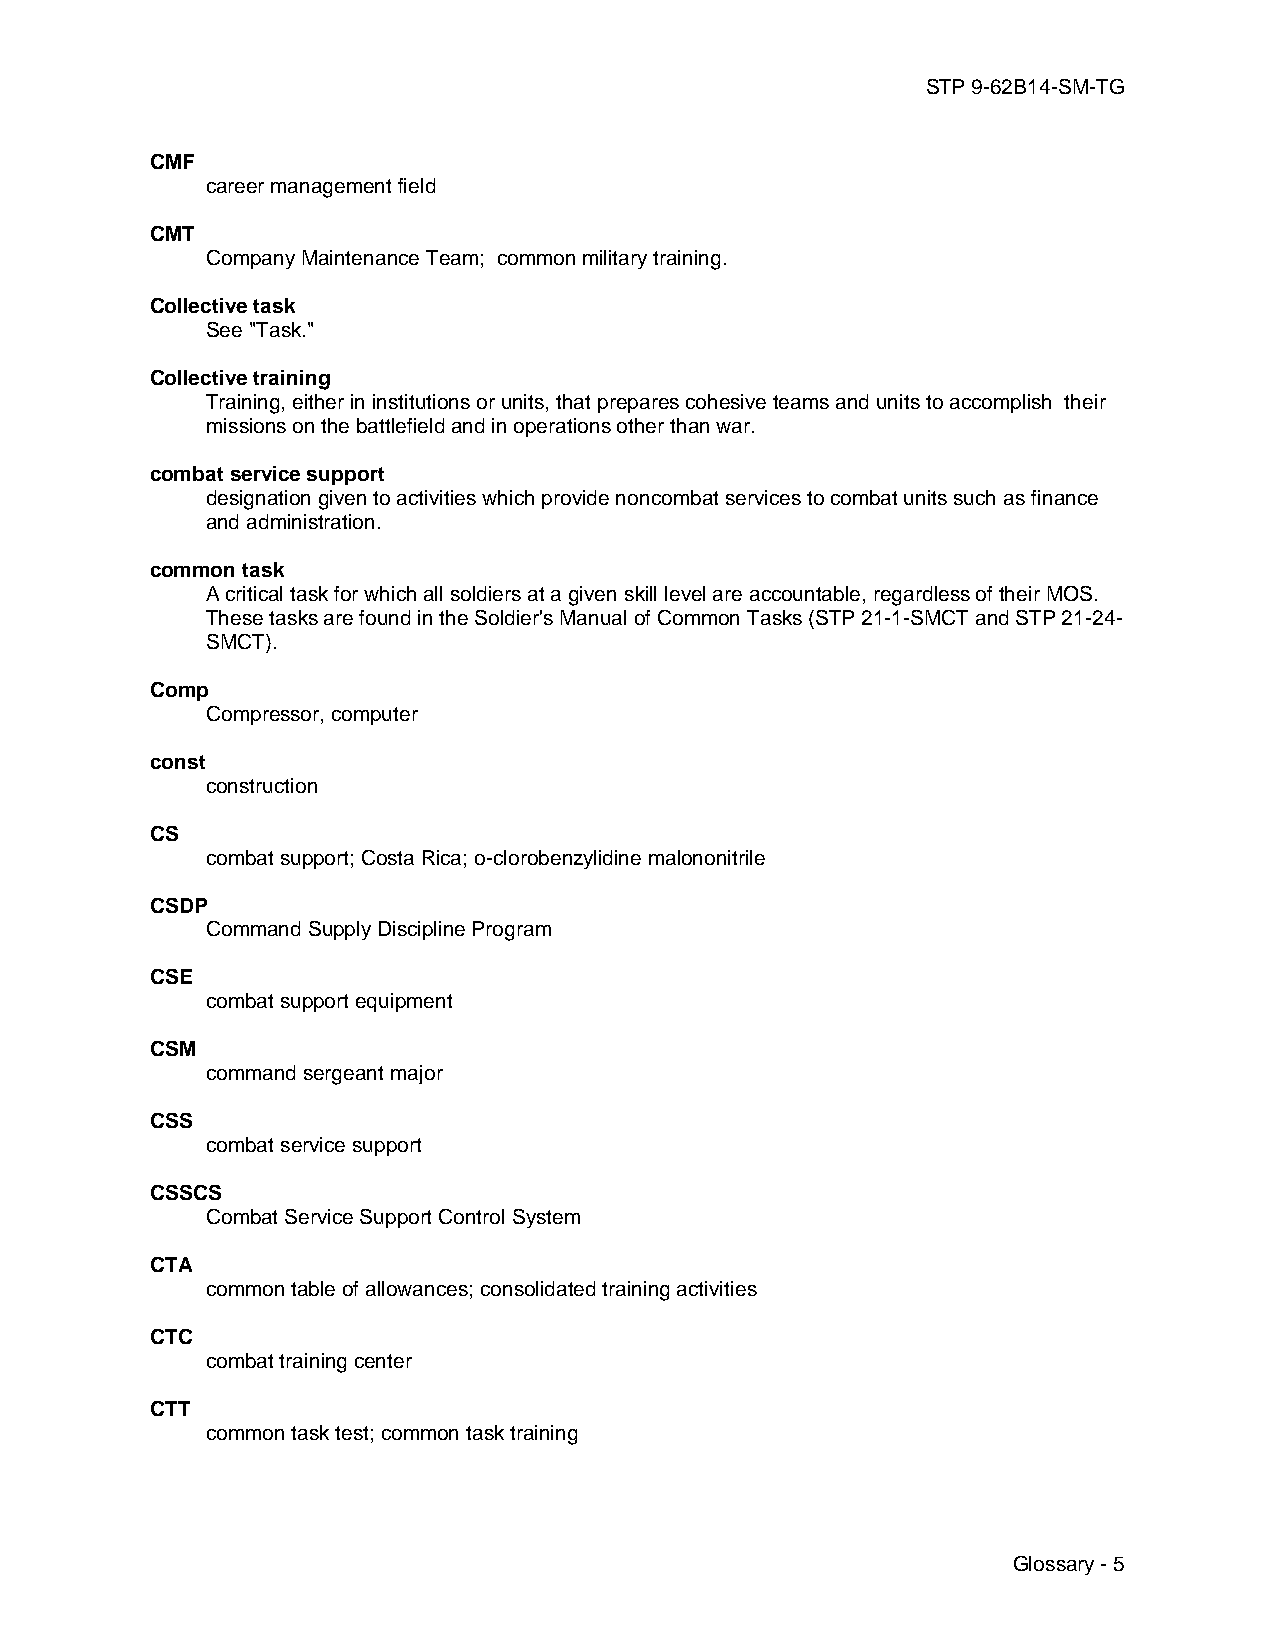
STP 9-62B14-SM-TG
 CMF
 career management field
 CMT
 Company Maintenance Team; common military training.
 Collective task
 See "Task."
 Collective training
 Training, either in institutions or units, that prepares cohesive teams and units to accomplish their
 missions on the battlefield and in operations other than war.
 combat service support
 designation given to activities which provide noncombat services to combat units such as finance
 and administration.
 common task
 A critical task for which all soldiers at a given skill level are accountable, regardless of their MOS.
 These tasks are found in the Soldier's Manual of Common Tasks (STP 21-1-SMCT and STP 21-24-
 SMCT).
 Comp
 Compressor, computer
 const
 construction
 CS
 combat support; Costa Rica; o-clorobenzylidine malononitrile
 CSDP
 Command Supply Discipline Program
 CSE
 combat support equipment
 CSM
 command sergeant major
 CSS
 combat service support
 CSSCS
 Combat Service Support Control System
 CTA
 common table of allowances; consolidated training activities
 CTC
 combat training center
 CTT
 common task test; common task training
 Glossary - 5